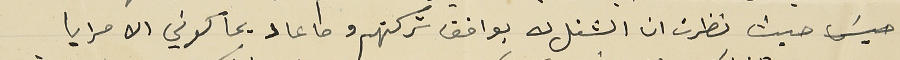
حيث نظرت ان الشغل لا يوافق تركتهم وما عاد يحاكوني الا مرايا